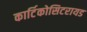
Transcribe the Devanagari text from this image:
कार्टिकोसिटरायड